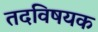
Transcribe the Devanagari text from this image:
तदविषयक